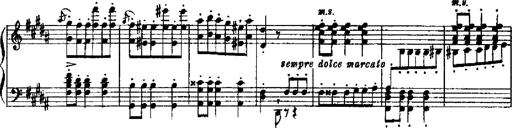
Title: RÃ©miniscences de Robert le diable
Composer: Franz Liszt